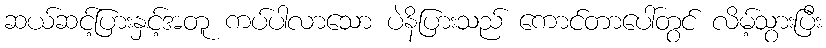
ဆယ်ဆင့်ပြားနှင့်အတူ ကပ်ပါလာသော ပဲနိပြားသည် ကောင်တာပေါ်တွင် လိမ့်သွားပြီး